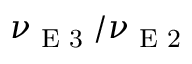
\nu _ { \textrm { E 3 } } / \nu _ { \textrm { E 2 } }